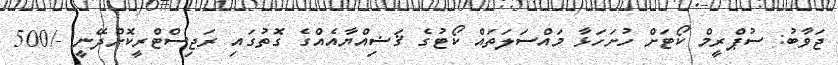
ޖަވާބު: ސުޕްރީމް ކޯޓަށް ހުށަހަޅާ މައްސަލަތައް ކޯޓުގެ ޤަޟިއްޔާއެއްގެ ގޮތުގައި ރަޖިސްޓްރީކޮށްދޭނީ -/500